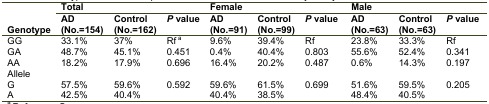
|  | <COLSPAN=3> Total | <COLSPAN=3> Female | <COLSPAN=3> Male |
 | Genotype | AD (No.=154) | Control (No.=162) | P value | AD (No.=91) | Control (No.=99) | P value | AD (No.=63) | Control (No.=63) | P value |
 | --- | --- | --- | --- | --- | --- | --- | --- | --- | --- |
 | GG | 33.1% | 37% | Rfa | 9.6% | 39.4% | Rf | 23.8% | 33.3% | Rf |
 | GA | 48.7% | 45.1% | 0.451 | 0.4% | 40.4% | 0.803 | 55.6% | 52.4% | 0.341 |
 | AA | 18.2% | 17.9% | 0.696 | 16.4% | 20.2% | 0.487 | 0.6% | 14.3% | 0.197 |
 | <COLSPAN=10> Allele |
 | G | 57.5% | 59.6% | <ROWSPAN=2> 0.592 | 59.6% | 61.5% | <ROWSPAN=2> 0.699 | 51.6% | 59.5% | <ROWSPAN=2> 0.205 |
 | A | 42.5% | 40.4% | 40.4% | 38.5% | 48.4% | 40.5% |